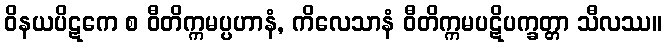
ဝိနယပိဋကေ စ ဝီတိက္ကမပ္ပဟာနံ, ကိလေသာနံ ဝီတိက္ကမပဋိပက္ခတ္တာ သီလဿ။